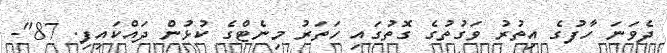
ދެވަނަ ހާފުގެ އިތުރު ވަގުތުގެ ގޮތުގައި ހަތަރު މިނެޓްގެ ކުޅުން ދައްކައިފި. 87"-